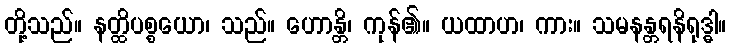
တို့သည်။ နတ္ထိပစ္စယော၊ သည်။ ဟောန္တိ၊ ကုန်၏။ ယထာဟ၊ ကား။ သမနန္တရနိရုဒ္ဓါ။